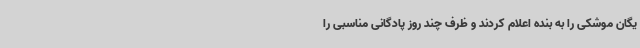
یگان موشکی را به بنده اعلام کردند و ظرف چند روز پادگانی مناسبی را